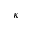
\kappa